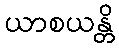
ယာစယန္တိ